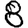
Digit: 8